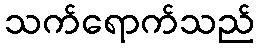
သက်ရောက်သည်